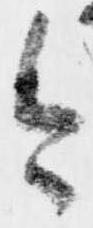
今